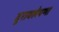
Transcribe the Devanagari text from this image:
दुरावलेपणा